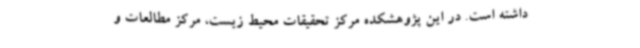
داشته است. در این پژوهشکده مرکز تحقیقات محیط زیست، مرکز مطالعات و